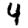
Digit: 4